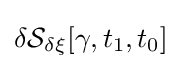
\delta {\mathcal {S}}_{\delta \xi }[\gamma ,t_{1},t_{0}]